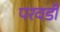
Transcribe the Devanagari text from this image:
परवडी